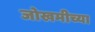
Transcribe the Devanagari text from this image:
जोखमीच्या